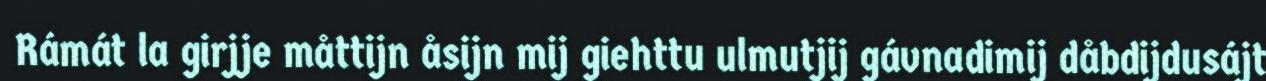
Rámát la girjje måttijn åsijn mij giehttu ulmutjij gávnadimij dåbdijdusájt